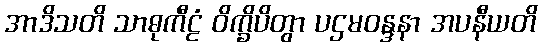
အာဒိသတိ သာဓုကီဠံ ဝိက္ခိပိတွာ ပဌမဝန္ဒနာ အပနီယတိ